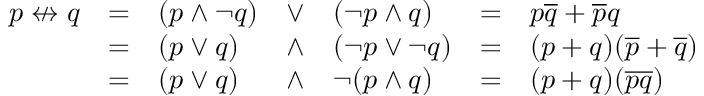
{ \begin{array} { l l l l l l l } { p \nleftrightarrow q } & { = } & { ( p \land \lnot q ) } & { \lor } & { ( \lnot p \land q ) } & { = } & { p { \overline { { q } } } + { \overline { { p } } } q } \\ & { = } & { ( p \lor q ) } & { \land } & { ( \lnot p \lor \lnot q ) } & { = } & { ( p + q ) ( { \overline { { p } } } + { \overline { { q } } } ) } \\ & { = } & { ( p \lor q ) } & { \land } & { \lnot ( p \land q ) } & { = } & { ( p + q ) ( { \overline { { p q } } } ) } \end{array} }